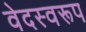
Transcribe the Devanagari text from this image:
वेदस्वरूप